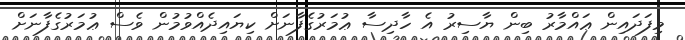
މިފަދައިން ޢައްމާރު ބިން ޔާސިރު އެ ހާދިސާ ޢުމަރުގެފާނަށް ކިޔައިދެއްވުމުން ވެސް ޢުމަރުގެފާނަށް